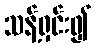
သန့်ရှင်း၍